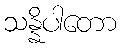
သန္နိပါတော